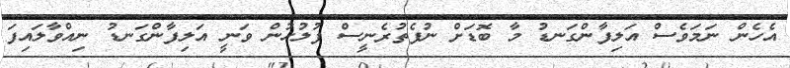
އެހެން ނަމަވެސް އަލިފާންގަނޑު މާ ބޮޑަށް ނުފެތުރެނީސް ފުލުހުން ވަނީ އަލިފާންގަނޑު ނިއްވާލައިފަ